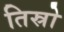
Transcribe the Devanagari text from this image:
तिस्रो